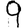
Digit: 9